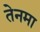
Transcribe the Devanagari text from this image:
तेनमा